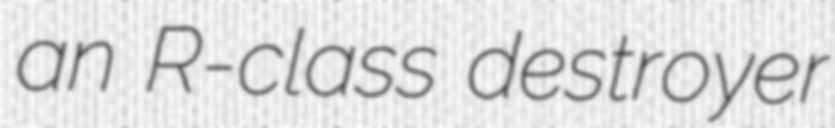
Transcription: an R-class destroyer